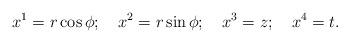
LaTeX: \begin{align*}x^1=r\cos \phi ;\quad x^2=r\sin \phi ;\quad x^3=z;\quad x^4=t.\end{align*}